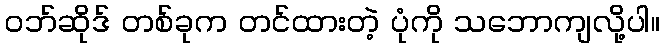
ဝဘ်ဆိုဒ် တစ်ခုက တင်ထားတဲ့ ပုံကို သဘောကျလို့ပါ။